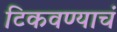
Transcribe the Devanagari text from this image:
टिकवण्याचं